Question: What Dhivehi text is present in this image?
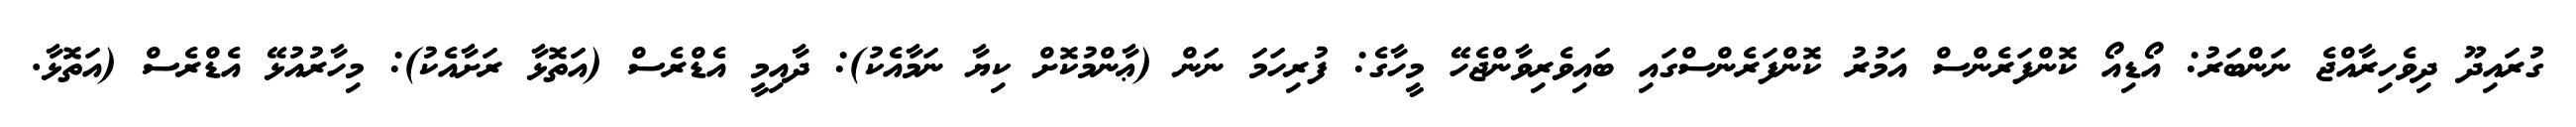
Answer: ގުރައިދޫ ދިވެހިރާއްޖެ ނަންބަރު: އޯޑިއޯ ކޮންފަރެންސް އަމުރު ކޮންފަރެންސްގައި ބައިވެރިވާންޖެހޭ މީހާގެ: ފުރިހަމަ ނަން (ޢާންމުކޮށް ކިޔާ ނަމާއެކު): ދާއިމީ އެޑްރެސް (އަތޮޅާ ރަށާއެކު): މިހާރުއުޅޭ އެޑްރެސް (އަތޮޅާ.